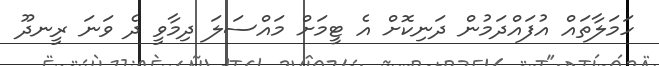
ހަމަލާތައް އުފައްދަމުން ދަނިކޮށް އެ ޓީމަށް މައްސަލަ ދިމާވީ ދެ ވަނަ ރީނދޫ